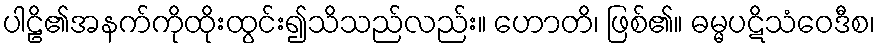
ပါဠိ၏အနက်ကိုထိုးထွင်း၍သိသည်လည်း။ ဟောတိ၊ ဖြစ်၏။ ဓမ္မပဋိသံဝေဒီစ၊